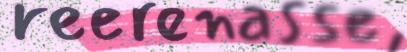
reerenasse,